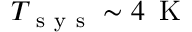
T _ { \mathrm { ~ s ~ y ~ s ~ } } \sim 4 \, \mathrm { ~ K ~ }